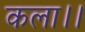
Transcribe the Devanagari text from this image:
कला।।